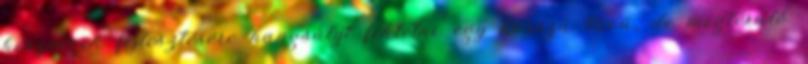
készségek fejlesztésére hangsúlyt fektetni egy hosszú távú, de megtérülő